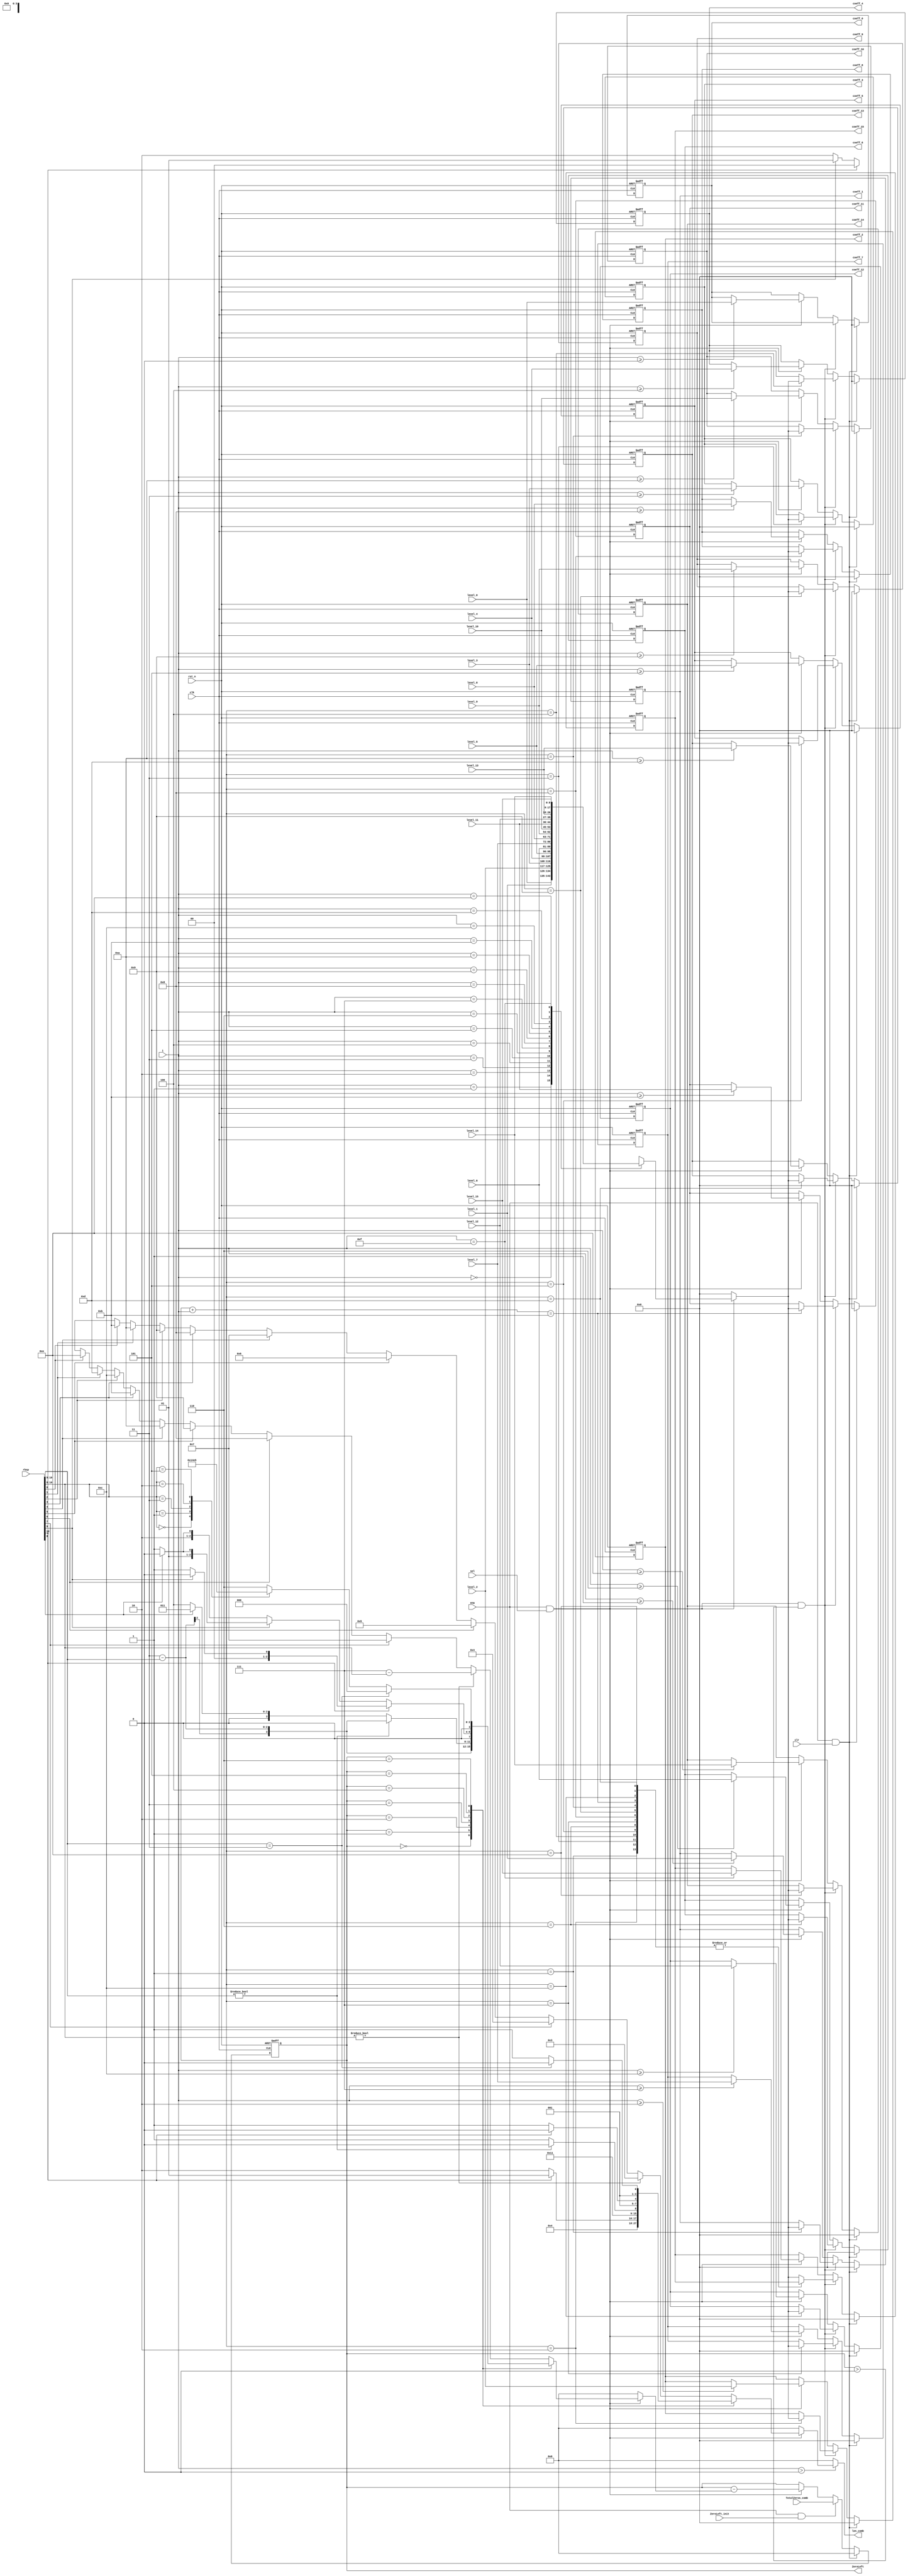
`define cavlc_idle_bit     				0
`define cavlc_read_total_coeffs_bit	1
`define cavlc_read_t1s_flags_bit	2
`define cavlc_read_level_prefix_bit     3
`define cavlc_read_level_suffix_bit     4
`define cavlc_calc_level_bit		5
`define cavlc_read_total_zeros_bit  	6
`define cavlc_read_run_befores_bit  	7
`define cavlc_idle_s     		8'b00000001
`define cavlc_read_total_coeffs_s     	8'b00000010
`define cavlc_read_t1s_flags_s		8'b00000100
`define cavlc_read_level_prefix_s     	8'b00001000
`define cavlc_read_level_suffix_s     	8'b00010000
`define cavlc_calc_level_s		8'b00100000
`define cavlc_read_total_zeros_s    	8'b01000000
`define cavlc_read_run_befores_s    	8'b10000000

module cavlc_read_run_befores
(
    clk,
    rst_n,
    ena,
    sel,
    clr,
    ZeroLeft_init,
    
    rbsp,
    i,
    TotalZeros_comb,
    
    level_0,
    level_1,
    level_2,
    level_3,
    level_4,
    level_5,
    level_6,
    level_7,
    level_8,
    level_9,
    level_10,
    level_11,
    level_12,
    level_13,
    level_14,
    level_15,
        
    coeff_0,
    coeff_1,
    coeff_2,
    coeff_3,
    coeff_4,
    coeff_5,
    coeff_6,
    coeff_7,
    coeff_8,
    coeff_9,
    coeff_10,
    coeff_11,
    coeff_12,
    coeff_13,
    coeff_14,
    coeff_15,
    ZeroLeft,
    len_comb
);  
//----------------------
//ports
//----------------------
input   clk;
input   rst_n;
input   ena;
input   sel;
input   clr;
input   ZeroLeft_init;

input   [0:10]  rbsp;
input   [3:0]   i;          //range from TotalCoeff-1 to 0
input   [3:0]   TotalZeros_comb;

input   [8:0]   level_0;
input   [8:0]   level_1;
input   [8:0]   level_2;
input   [8:0]   level_3;
input   [8:0]   level_4;
input   [8:0]   level_5;
input   [8:0]   level_6;
input   [8:0]   level_7;
input   [8:0]   level_8;
input   [8:0]   level_9;
input   [8:0]   level_10;
input   [8:0]   level_11;
input   [8:0]   level_12;
input   [8:0]   level_13;
input   [8:0]   level_14;
input   [8:0]   level_15;

output  [8:0]   coeff_0;
output  [8:0]   coeff_1;
output  [8:0]   coeff_2;
output  [8:0]   coeff_3;
output  [8:0]   coeff_4;
output  [8:0]   coeff_5;
output  [8:0]   coeff_6;
output  [8:0]   coeff_7;
output  [8:0]   coeff_8;
output  [8:0]   coeff_9;
output  [8:0]   coeff_10;
output  [8:0]   coeff_11;
output  [8:0]   coeff_12;
output  [8:0]   coeff_13;
output  [8:0]   coeff_14;
output  [8:0]   coeff_15;

output  [3:0]   ZeroLeft;

output  [3:0]   len_comb;

//----------------------
//regs
//----------------------
reg     [3:0]   run;
reg     [3:0]   len;
reg     [8:0]   coeff;


reg     [3:0]   len_comb;

//----------------------
//FFs
//----------------------
reg     [3:0]   ZeroLeft;

reg     [8:0]   coeff_0;
reg     [8:0]   coeff_1;
reg     [8:0]   coeff_2;
reg     [8:0]   coeff_3;
reg     [8:0]   coeff_4;
reg     [8:0]   coeff_5;
reg     [8:0]   coeff_6;
reg     [8:0]   coeff_7;
reg     [8:0]   coeff_8;
reg     [8:0]   coeff_9;
reg     [8:0]   coeff_10;
reg     [8:0]   coeff_11;
reg     [8:0]   coeff_12;
reg     [8:0]   coeff_13;
reg     [8:0]   coeff_14;
reg     [8:0]   coeff_15;

//----------------------
//run & len
//----------------------
always @(rbsp or ZeroLeft or ena or sel)
if (ena && sel)
case(ZeroLeft)
    0 : begin len <= 0; run <= 0; end
    1 : begin len <= 1; run <= rbsp[0]? 0:1; end
    2 : begin if (rbsp[0]) begin
            run <= 0;
            len <= 1;
        end
        else if (rbsp[1]) begin
            run <= 1;
            len <= 2;
        end 
        else begin
            run <= 2;
            len <= 2;
        end
    end
    3 : begin
        run <= 3 - rbsp[0:1];
        len <= 2;
    end
    4 : begin
        if (rbsp[0:1] != 0) begin
            run <= 3 - rbsp[0:1];
            len <= 2;
        end
        else begin
            run <= rbsp[2]? 3:4;
            len <= 3;
        end
    end
    5 : begin
        if (rbsp[0]) begin
            run <= rbsp[1]? 0:1;
            len <= 2;
        end
        else if (rbsp[1]) begin
            run <= rbsp[2]? 2:3;
            len <= 3;
        end     
        else begin
            run <= rbsp[2]? 4:5;
            len <= 3;       
        end
    end
    6 : begin
        if (rbsp[0:1] == 2'b11) begin
            run <= 0;
            len <= 2;
        end
        else begin
            len <= 3;
            case(rbsp[0:2])
                3'b000 : run <= 1;
                3'b001 : run <= 2;
                3'b011 : run <= 3;
                3'b010 : run <= 4;
                3'b101 : run <= 5;
                default: run <= 6;
            endcase
        end     
    end
    default : begin
        if (rbsp[0:2] != 0) begin
            run <= 7 - rbsp[0:2];
            len <= 3;
        end
        else begin
            case (1'b1)
                rbsp[3] : begin run <= 7;   len <= 4; end
                rbsp[4] : begin run <= 8;   len <= 5; end
                rbsp[5] : begin run <= 9;   len <= 6; end
                rbsp[6] : begin run <= 10;  len <= 7; end
                rbsp[7] : begin run <= 11;  len <= 8; end
                rbsp[8] : begin run <= 12;  len <= 9; end
                rbsp[9] : begin run <= 13;  len <= 10;end
                rbsp[10]: begin run <= 14;  len <= 11;end
                default : begin run <= 'bx; len <='bx;end
            endcase
        end
    end
endcase
else begin
    len <= 0;
    run <= 0;
end

//----------------------
//len_comb
//----------------------
always @(*)
if (i >  0)
    len_comb <= len;
else
    len_comb <= 0;
    
    
//----------------------
//ZeroLeft
//----------------------
always @(posedge clk or negedge rst_n)
if (!rst_n)
    ZeroLeft <= 0;
else if (ena && clr)    //in case TotalCoeff >= max_coeff_num
    ZeroLeft <= 0;
else if (ena && ZeroLeft_init)
    ZeroLeft <= TotalZeros_comb;
else if (ena && sel )//if ZeroLeft == 0, run will be 0
    ZeroLeft <= ZeroLeft - run; 
        
//----------------------
//coeff
//----------------------
always @(*)
if (ena && sel)
case (i)
    0 :coeff <= level_0;
    1 :coeff <= level_1;
    2 :coeff <= level_2;
    3 :coeff <= level_3;
    4 :coeff <= level_4;
    5 :coeff <= level_5;    
    6 :coeff <= level_6;
    7 :coeff <= level_7;
    8 :coeff <= level_8;
    9 :coeff <= level_9;
    10:coeff <= level_10;
    11:coeff <= level_11;       
    12:coeff <= level_12;
    13:coeff <= level_13;
    14:coeff <= level_14;
    15:coeff <= level_15;
endcase
else
    coeff <= 0;

//----------------------
//coeff_0 to coeff_15
//----------------------
always @(posedge clk or negedge rst_n)
if (!rst_n) begin
    coeff_0 <= 0;   coeff_1 <= 0;   coeff_2 <= 0;   coeff_3 <= 0;
    coeff_4 <= 0;   coeff_5 <= 0;   coeff_6 <= 0;   coeff_7 <= 0;
    coeff_8 <= 0;   coeff_9 <= 0;   coeff_10<= 0;   coeff_11<= 0;
    coeff_12<= 0;   coeff_13<= 0;   coeff_14<= 0;   coeff_15<= 0;
end
else if (ena && clr) begin
    coeff_0 <= 0;   coeff_1 <= 0;   coeff_2 <= 0;   coeff_3 <= 0;
    coeff_4 <= 0;   coeff_5 <= 0;   coeff_6 <= 0;   coeff_7 <= 0;
    coeff_8 <= 0;   coeff_9 <= 0;   coeff_10<= 0;   coeff_11<= 0;
    coeff_12<= 0;   coeff_13<= 0;   coeff_14<= 0;   coeff_15<= 0;
end
else if (ena && sel && ZeroLeft > 0)
case (ZeroLeft+i)
    1 :coeff_1  <= coeff;
    2 :coeff_2  <= coeff;
    3 :coeff_3  <= coeff;
    4 :coeff_4  <= coeff;
    5 :coeff_5  <= coeff;
    6 :coeff_6  <= coeff;
    7 :coeff_7  <= coeff;
    8 :coeff_8  <= coeff;
    9 :coeff_9  <= coeff;
    10:coeff_10 <= coeff;
    11:coeff_11 <= coeff;
    12:coeff_12 <= coeff;
    13:coeff_13 <= coeff;
    14:coeff_14 <= coeff;
    default:
    coeff_15    <= coeff;
endcase
else if (ena && sel) begin
    if (i >= 0) coeff_0  <= level_0;
    if (i >= 1) coeff_1  <= level_1;
    if (i >= 2) coeff_2  <= level_2;
    if (i >= 3) coeff_3  <= level_3;
    if (i >= 4) coeff_4  <= level_4;
    if (i >= 5) coeff_5  <= level_5;
    if (i >= 6) coeff_6  <= level_6;
    if (i >= 7) coeff_7  <= level_7;
    if (i >= 8) coeff_8  <= level_8;
    if (i >= 9) coeff_9  <= level_9;
    if (i >= 10)coeff_10 <= level_10;
    if (i >= 11)coeff_11 <= level_11;
    if (i >= 12)coeff_12 <= level_12;
    if (i >= 13)coeff_13 <= level_13;
    if (i >= 14)coeff_14 <= level_14;
    if (i == 15)coeff_15 <= level_15;
end
endmodule